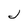
Character: J